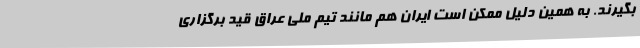
بگیرند. به همین دلیل ممکن است ایران هم مانند تیم ملی عراق قید برگزاری